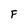
Character: F